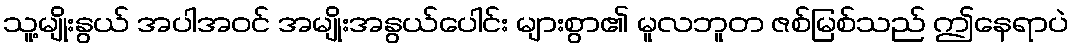
သူ့မျိုးနွယ် အပါအဝင် အမျိုးအနွယ်ပေါင်း များစွာ၏ မူလဘူတ ဇစ်မြစ်သည် ဤနေရာပဲ